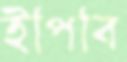
ইপিবি